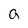
Character: a